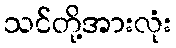
သင်တို့အားလုံး